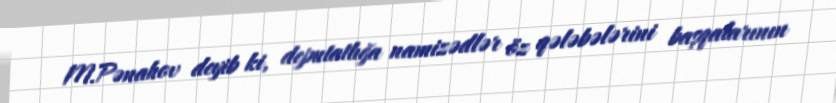
M.Pənahov deyib ki, deputatlığa namizədlər öz qələbələrini başqalarının